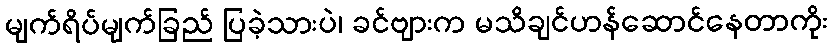
မျက်ရိပ်မျက်ခြည် ပြခဲ့သားပဲ၊ ခင်ဗျားက မသိချင်ဟန်ဆောင်နေတာကိုး